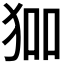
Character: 𭸅